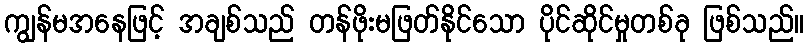
ကျွန်မအနေဖြင့် အချစ်သည် တန်ဖိုးမဖြတ်နိုင်သော ပိုင်ဆိုင်မှုတစ်ခု ဖြစ်သည်။